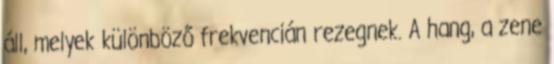
áll, melyek különböző frekvencián rezegnek. A hang, a zene